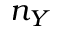
n _ { Y }